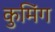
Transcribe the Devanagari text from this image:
कुमिंग